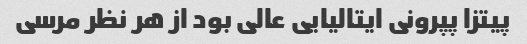
پیتزا پپرونی ایتالیایی عالی بود از هر نظر مرسی